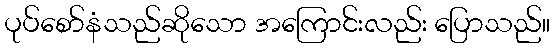
ပုပ်စော်နံသည်ဆိုသော အကြောင်းလည်း ပြောသည်။